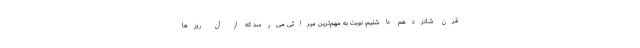
قرن شانزدهم داشتیم، نوبت به مهم‌ترین میراثی می‌رسد که از آن روز‌ها